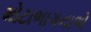
મોટાભાગનાએ